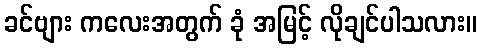
ခင်ဗျား ကလေးအတွက် ခုံ အမြင့် လိုချင်ပါသလား။